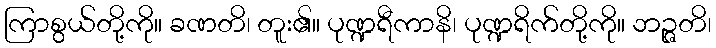
ကြာစွယ်တို့ကို။ ခဏတိ၊ တူး၏။ ပုဏ္ဍရီကာနိ၊ ပုဏ္ဍရိက်တို့ကို။ ဘဉ္ဇတိ၊